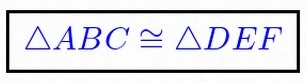
\triangle ABC\cong\triangle DEF